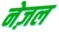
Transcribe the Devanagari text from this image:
नेज़ल